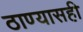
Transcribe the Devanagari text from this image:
ठाण्यासही